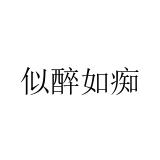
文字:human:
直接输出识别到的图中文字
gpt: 似醉如痴